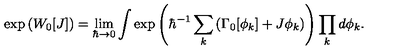
\exp \left( W _ { 0 } [ J ] \right) = \lim _ { \hbar \to 0 } \int \exp \left( \hbar ^ { - 1 } \sum _ { k } \left( \Gamma _ { 0 } [ \phi _ { k } ] + J \phi _ { k } \right) \right) \prod _ { k } d \phi _ { k } .